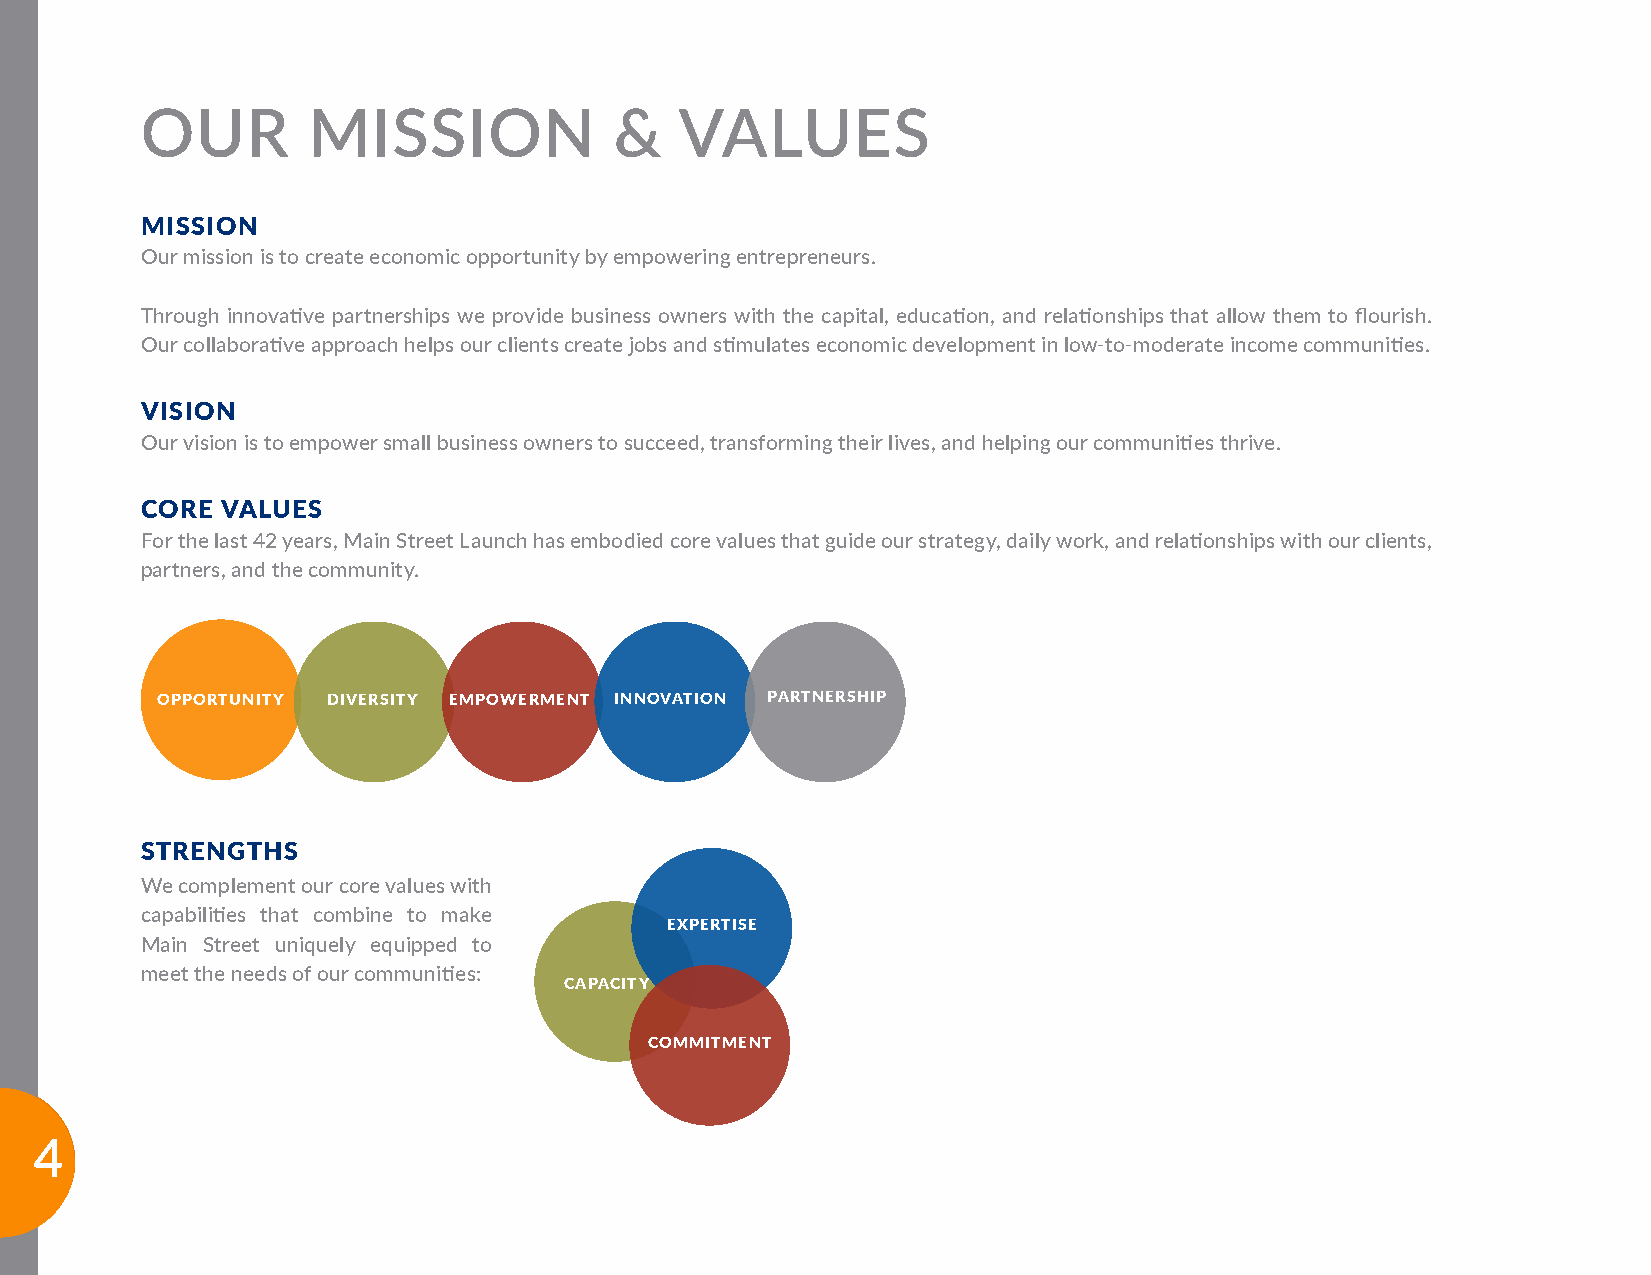
OUR        MISSION              &   VALUES
 MISSION
 Our mission is to create economic opportunity by empowering entrepreneurs.
 Through innovative partnerships we provide business owners with the capital, education, and relationships that allow them to flourish.
 Our collaborative approach helps our clients create jobs and stimulates economic development in low-to-moderate income communities.
 VISION
 Our vision is to empower small business owners to succeed, transforming their lives, and helping our communities thrive.
 CORE  VALUES
 For the last 42 years, Main Street Launch has embodied core values that guide our strategy, daily work, and relationships with our clients,
 partners, and the community.
 OPPORTUNITY DIVERSITY EMPOWERMENT INNOVATION PARTNERSHIP
 STRENGTHS
 We complement our core values with
 capabilities that combine to make
 EXPERTISE
 Main Street uniquely equipped to
 meet the needs of our communities:
 CAPACITY
 COMMITMENT
 4
 4